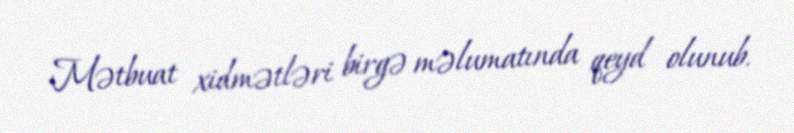
Mətbuat xidmətləri birgə məlumatında qeyd olunub.